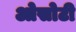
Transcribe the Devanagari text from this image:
ओसोटी